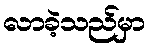
လာခဲ့သည်မှာ